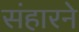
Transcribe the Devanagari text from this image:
संहारने